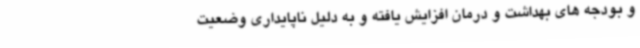
و بودجه های بهداشت و درمان افزایش یافته و به دلیل ناپایداری وضعیت